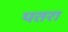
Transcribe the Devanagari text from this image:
पतरा